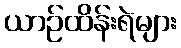
ယာဉ်ထိန်းရဲများ